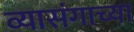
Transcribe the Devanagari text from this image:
व्यासंगाच्या